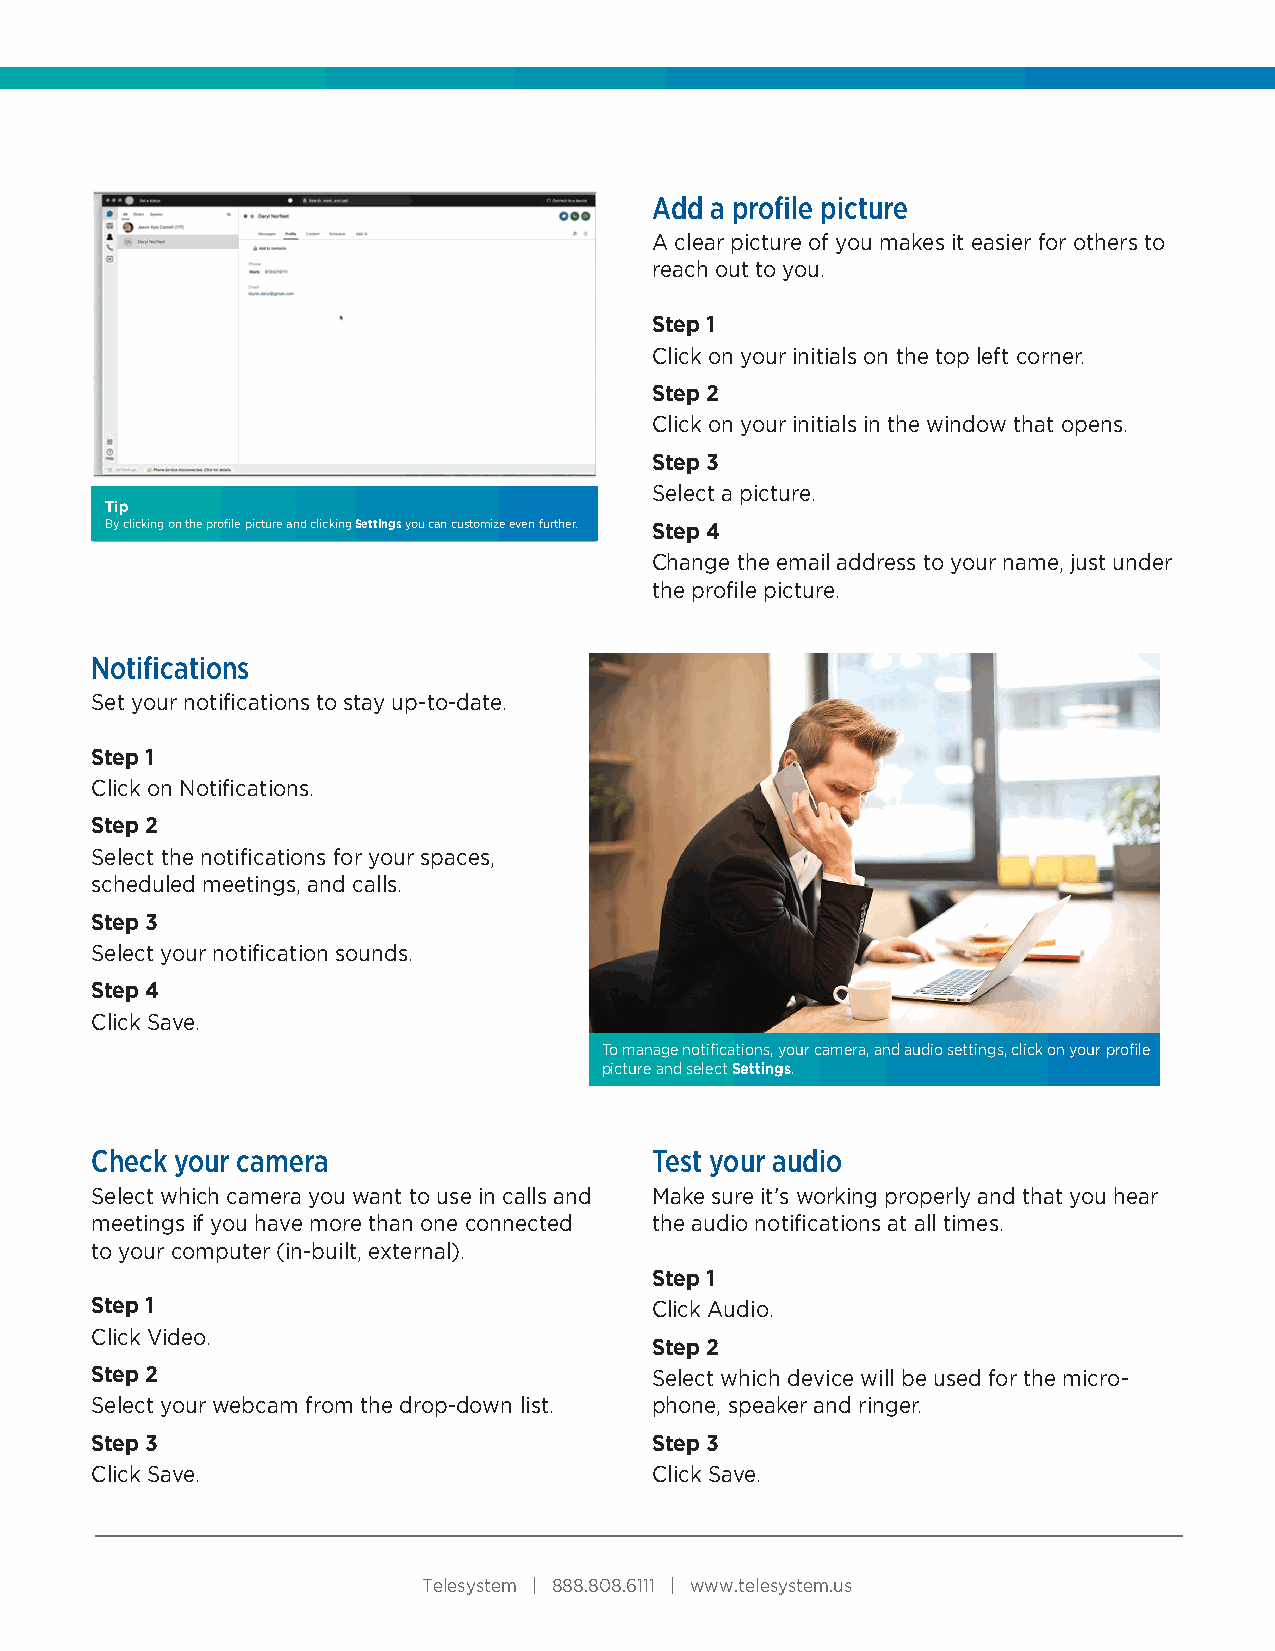
Add a profile picture
 A clear picture of you makes it easier for others to
 reach out to you.
 Step 1
 Click on your initials on the top left corner.
 Step 2
 Click on your initials in the window that opens.
 Step 3
 Select a picture.
 Tip
 By clicking on the profile picture and clicking Settings you can customize even further. Step 4
 Change the email address to your name, just under
 the profile picture.
 Notifications
 Set your notifications to stay up-to-date.
 Step 1
 Click on Notifications.
 Step 2
 Select the notifications for your spaces,
 scheduled meetings, and calls.
 Step 3
 Select your notification sounds.
 Step 4
 Click Save.
 To manage notifications, your camera, and audio settings, click on your profile
 picture and select Settings.
 Check your camera                    Test your audio
 Select which camera you want to use in calls and Make sure it’s working properly and that you hear
 meetings if you have more than one connected the audio notifications at all times.
 to your computer (in-built, external).
 Step 1
 Step 1                               Click Audio.
 Click Video.
 Step 2
 Step 2                               Select which device will be used for the micro-
 Select your webcam from the drop-down list. phone, speaker and ringer.
 Step 3                               Step 3
 Click Save.                          Click Save.
 Telesystem | 888.808.6111 | www.telesystem.us